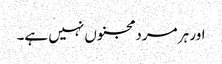
اور ہر مرد مجنوں نہیں ہے۔